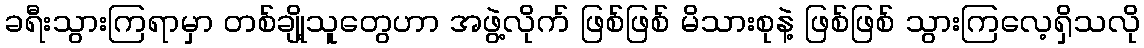
ခရီးသွားကြရာမှာ တစ်ချို့သူတွေဟာ အဖွဲ့လိုက် ဖြစ်ဖြစ် မိသားစုနဲ့ ဖြစ်ဖြစ် သွားကြလေ့ရှိသလို